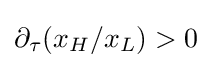
\partial _{\tau }(x_{H}/x_{L})>0